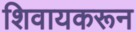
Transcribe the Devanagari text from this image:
शिवायकरून